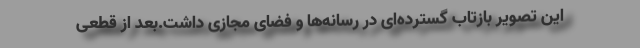
این تصویر بازتاب گسترده‌ای در رسانه‌ها و فضای مجازی داشت.بعد از قطعی